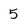
Character: 5